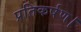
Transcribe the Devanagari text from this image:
प्रतिकर्षण।